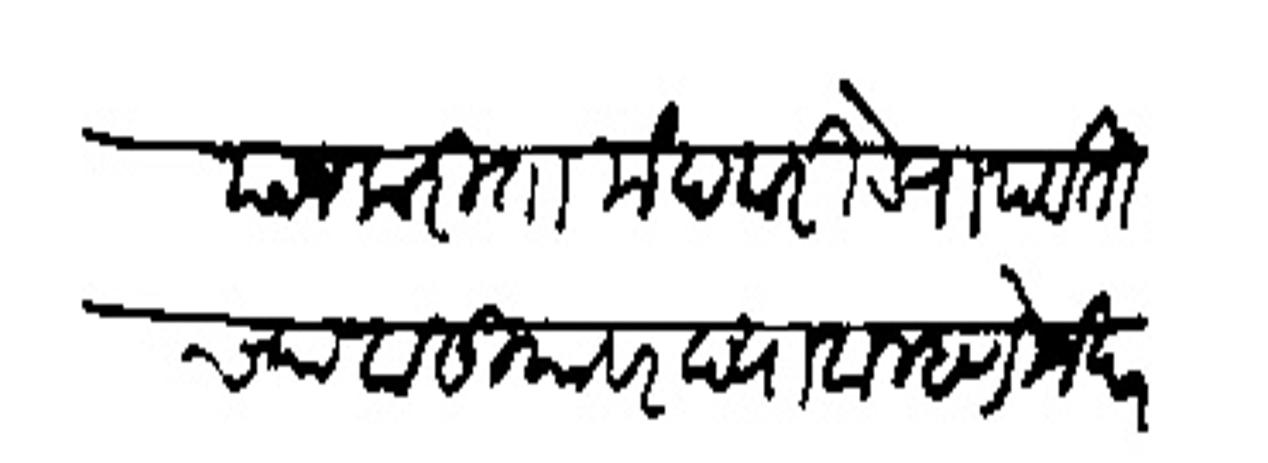
Transliteration (Devanagari): याजकरिता मंदवारी डेरा पर्वतीच्या वाडीयावर द्यावा म्हणजे परस्परे